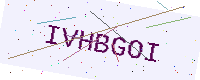
Text: IVHBGOI